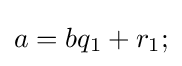
a=bq_{1}+r_{1};